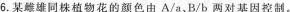
6.某雌雄同株植物花的颜色由A/a，B/b两对基因控制。